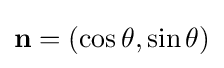
\mathbf {n} =(\cos \theta ,\sin \theta )